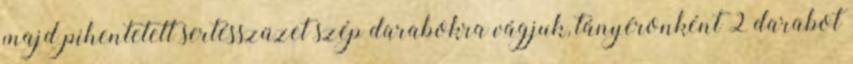
majd pihentetett sertésszüzet szép darabokra vágjuk, tányéronként 2 darabot